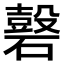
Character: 𥖗